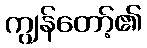
ကျွန်တော့်၏